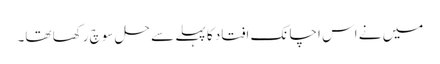
میں نے اس اچانک افتاد کا پہلے سے حل سوچ رکھا تھا۔